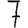
Digit: 7